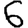
Digit: 6